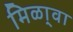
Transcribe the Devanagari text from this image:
मिळा्वा